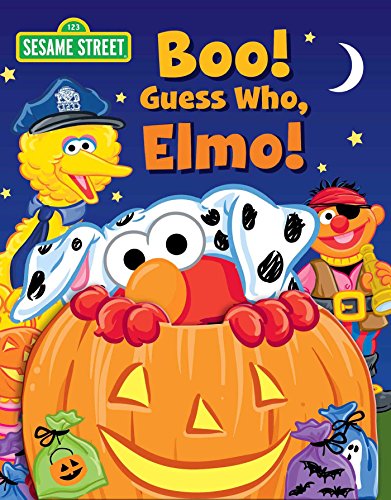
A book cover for Sesame Street: Boo! Guess Who, Elmo! (Guess Who! Book); Children's Books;